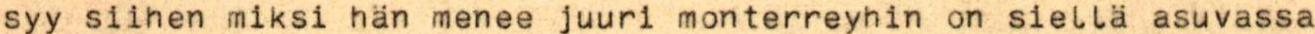
syy siihen miksi hän menee juuri monterreyhin on siellä asuvassa